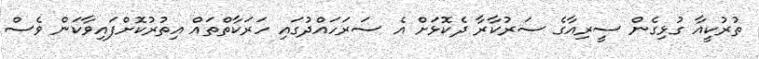
ތުރުކީއާ ގުޅިގެން ސީރިއާގެ ސަރުކާރާ ދެކޮޅަށް އެ ސަރަހައްދުގައި ހަރަކާތްތައް އިތުރުކޮށްފައިވާކަން ވެސް